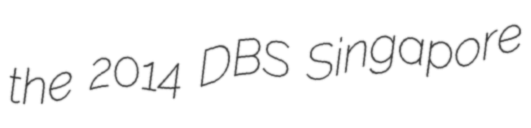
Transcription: the 2014 DBS Singapore